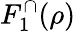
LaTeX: F_{1}^{\cap}(\rho)